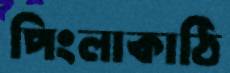
পিংলাকাঠি